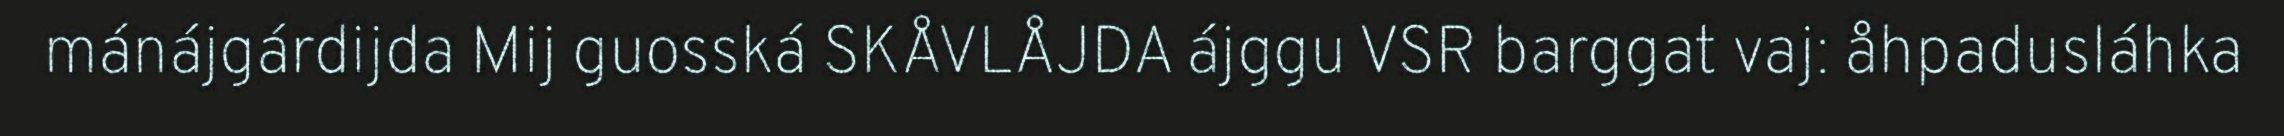
mánájgárdijda Mij guosská SKÅVLÅJDA ájggu VSR barggat vaj: åhpadusláhka